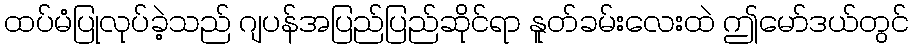
ထပ်မံပြုလုပ်ခဲ့သည် ဂျပန်အပြည်ပြည်ဆိုင်ရာ နူတ်ခမ်းလေးထဲ ဤမော်ဒယ်တွင်